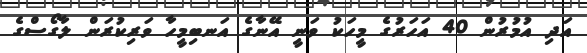
އަދި އުމުރުން 40 އަހަރުގެ މީހަކު ވަނީ އޭނާގެ އަނބިމީހާ ވަރިކުރަން ލާގޯސްގެ